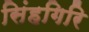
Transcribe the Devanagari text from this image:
सिंहगिरि